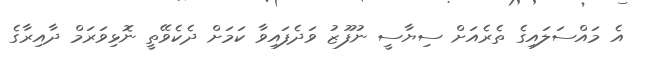
އެ މައްސަލައިގެ ތެރެއަށް ސިޔާސީ ނުފޫޒު ވަދެފައިވާ ކަމަށް ދެކެވޭތީ ނޮޅިވަރަމް ދާއިރާގެ